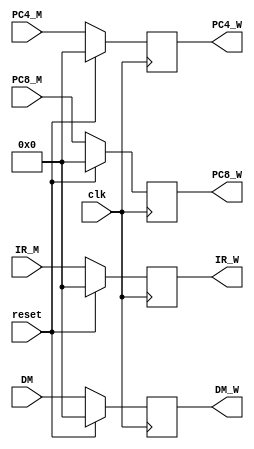
`timescale 1ns / 1ps
//////////////////////////////////////////////////////////////////////////////////
// Company: 
// Engineer: 
// 
// Design Name: 
// Module Name:    MEM_WB 
// Project Name: 
// Target Devices: 
// Tool versions: 
// Description: 
//
// Dependencies: 
//
// Revision: 
// Revision 0.01 - File Created
// Additional Comments: 
//
//////////////////////////////////////////////////////////////////////////////////
module MEM_WB(
	 input clk,
	 input reset,
	 input [31:0] PC4_M,
	 input [31:0] PC8_M,
	 input [31:0] DM,
	 input [31:0] IR_M,
	 output reg [31:0] IR_W,
	 output reg [31:0] PC4_W,
	 output reg [31:0] PC8_W,
	 output reg [31:0] DM_W
    );
	 initial
	 begin
		IR_W = 0;
		PC4_W = 0;
		PC8_W = 0;
		DM_W = 0;
	 end
	 always @(posedge clk)
	 begin
		if(reset==1)
		begin
			IR_W <= 0;
			PC4_W <= 0;
			PC8_W <= 0;
			DM_W <= 0;
		end
		else
		begin
			IR_W <= IR_M;
			PC4_W <= PC4_M;
			PC8_W <= PC8_M;
			DM_W <= DM;
		end
	 end
endmodule